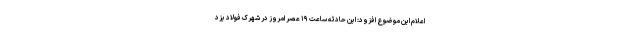
اعلام این موضوع افزود: این حادثه ساعت ۱۹ عصر امروز در شهرک فولاد یزد